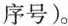
序号）。